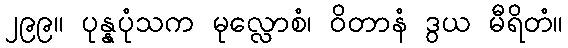
၂၉၉။ ပုန္နပုံသက မုလ္လောစံ၊ ဝိတာနံ ဒွယ မီရိတံ။